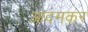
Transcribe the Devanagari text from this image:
आदमकर